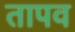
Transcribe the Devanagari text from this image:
तापव